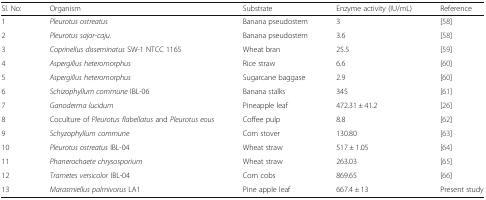
<table><thead><tr><td><b>Sl. No:</b></td><td><b>Organism</b></td><td><b>Substrate</b></td><td><b>Enzyme activity (IU/mL)</b></td><td><b>Reference</b></td></tr></thead><tbody><tr><td>1</td><td><i>Pleurotus ostreatus</i></td><td>Banana pseudostem</td><td>3</td><td>[58]</td></tr><tr><td>2</td><td><i>Pleurotus sajor-caju.</i></td><td>Banana pseudostem</td><td>3.6</td><td>[58]</td></tr><tr><td>3</td><td><i>Coprinellus disseminatus</i> SW-1 NTCC 1165</td><td>Wheat bran</td><td>25.5</td><td>[59]</td></tr><tr><td>4</td><td><i>Aspergillus heteromorphus</i></td><td>Rice straw</td><td>6.6</td><td>[60]</td></tr><tr><td>5</td><td><i>Aspergillus heteromorphus</i></td><td>Sugarcane baggase</td><td>2.9</td><td>[60]</td></tr><tr><td>6</td><td><i>Schizophyllum commune</i> IBL-06</td><td>Banana stalks</td><td>345</td><td>[61]</td></tr><tr><td>7</td><td><i>Ganoderma lucidum</i></td><td>Pineapple leaf</td><td>472.31 ± 41.2</td><td>[26]</td></tr><tr><td>8</td><td>Coculture of <i>Pleurotus flabellatus</i> and <i>Pleurotus eous</i></td><td>Coffee pulp</td><td>8.8</td><td>[62]</td></tr><tr><td>9</td><td><i>Schyzophyllum commune</i></td><td>Corn stover</td><td>130.80</td><td>[63]</td></tr><tr><td>10</td><td><i>Pleurotus ostreatus</i> IBL-04</td><td>Wheat straw</td><td>517 ± 1.05</td><td>[64]</td></tr><tr><td>11</td><td><i>Phanerochaete chrysosporium</i></td><td>Wheat straw</td><td>263.03</td><td>[65]</td></tr><tr><td>12</td><td><i>Trametes versicolor</i> IBL-04</td><td>Corn cobs</td><td>869.65</td><td>[66]</td></tr><tr><td>13</td><td><i>Marasmiellus palmivorus</i> LA1</td><td>Pine apple leaf</td><td>667.4 ± 13</td><td>Present study</td></tr></tbody></table>